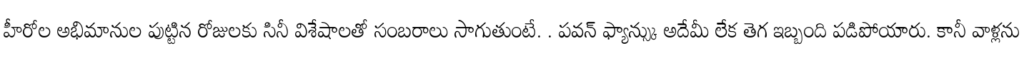
హీరోల అభిమానుల పుట్టిన రోజులకు సినీ విశేషాలతో సంబరాలు సాగుతుంటే. . పవన్ ఫ్యాన్స్కు అదేమీ లేక తెగ ఇబ్బంది పడిపోయారు. కానీ వాళ్లను